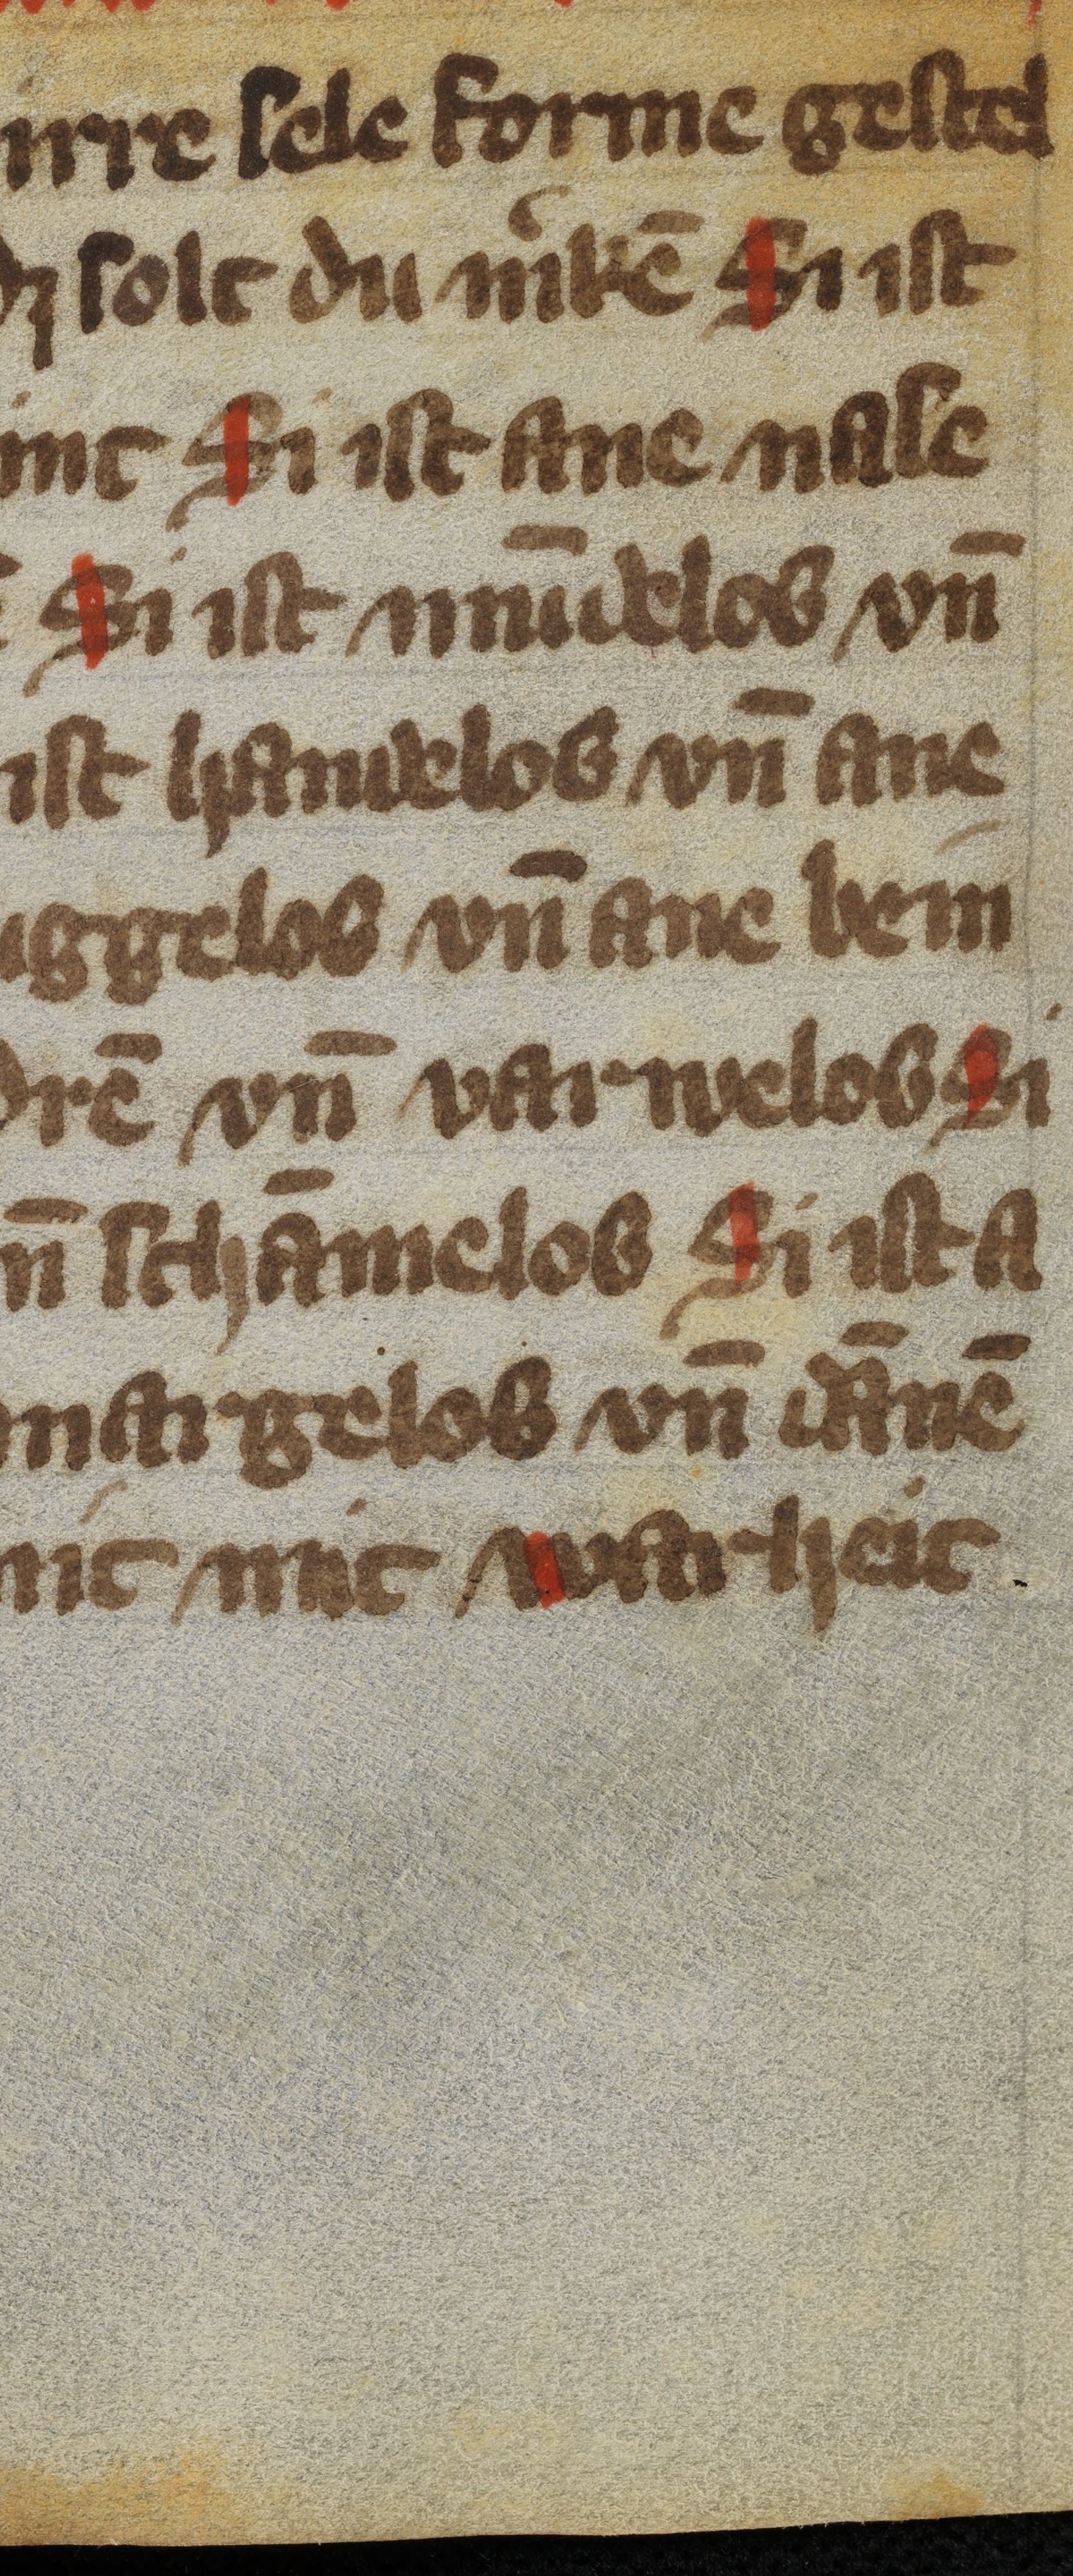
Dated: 1350–1399